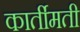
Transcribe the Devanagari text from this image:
कार्तीमती